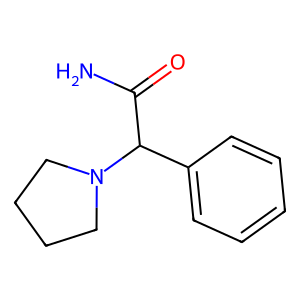
SMILES: NC(=O)C(c1ccccc1)N1CCCC1
Inhibits HIV replication: No